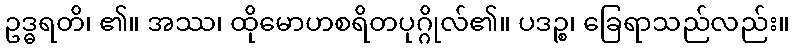
ဥဒ္ဓရတိ၊ ၏။ အဿ၊ ထိုမောဟစရိတပုဂ္ဂိုလ်၏။ ပဒဉ္စ၊ ခြေရာသည်လည်း။